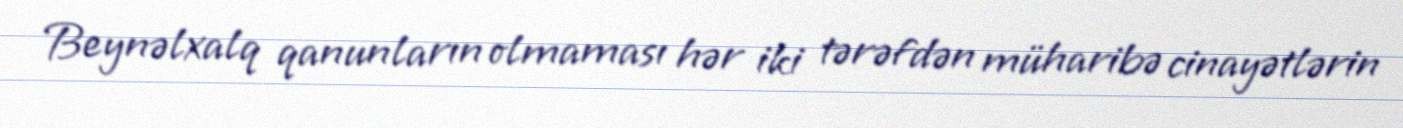
Beynəlxalq qanunların olmaması hər iki tərəfdən müharibə cinayətlərin